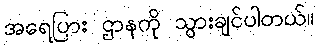
အရေပြား ဌာနကို သွားချင်ပါတယ်။